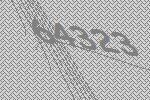
64323